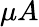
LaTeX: \mu A